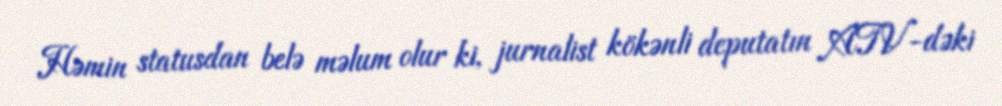
Həmin statusdan belə məlum olur ki, jurnalist kökənli deputatın ATV-dəki